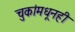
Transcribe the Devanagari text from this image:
चुकांमधूनही